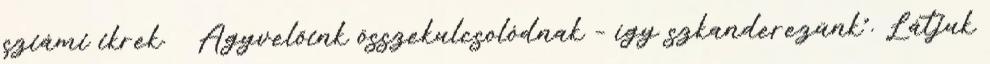
sziámi ikrek. Agyvelőink összekulcsolódnak – így szkanderezünk”. Látjuk